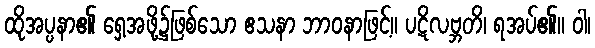
ထိုအပ္ပနာ၏ ရှေ့အဖို့၌ဖြစ်သော ဧသနာ ဘာဝနာဖြင့်။ ပဋိလဗ္ဘတိ၊ ရအပ်၏။ ဝါ၊